Lunatic asylums Punjab 1881-1894 - 1881-1894
Year: 1881
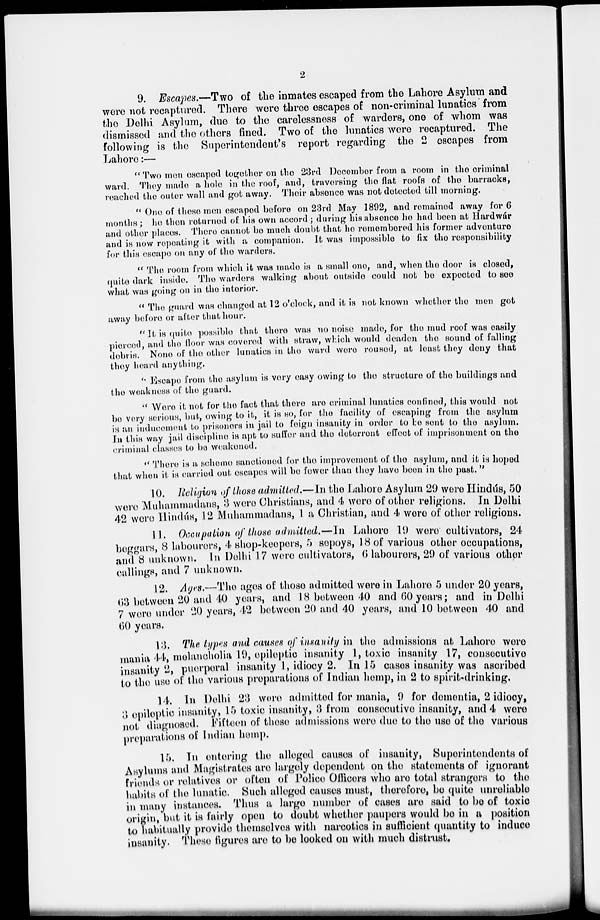
2
9. Escapes.—Two of the inmates escaped from the Lahore Asylum and
were not recaptured. There were three escapes of non-criminal lunatics from
the Delhi Asylum, due to the carelessness of warders, one of whom was
dismissed and the others fined. Two of the lunatics were recaptured. The
following is the Superintendent's report regarding the 2 escapes from
Lahore:—
Two men escaped together on the 23rd December from a room in the criminal
ward. They made a hole in the roof, and, traversing the flat roofs of the barracks,
reached the outer wall and got away. Their absence was not detected till morning.
" One of these men escaped before on 23rd May 1892, and remained away for 6
months ; he then returned of his own accord ; during his absence he had been at Hardwár
and other places. There cannot be much doubt that he remembered his former adventure
and is now repeating it with a companion. It was impossible to fix the responsibility
for this escape on any of the warders.
" The room from which it was made is a small one, and, when the door is closed,
quite dark inside. The warders walking about outside could not be expected to see
what was going on in the interior.
" The guard was changed at 12 o'clock, and it is not known whether the men got
away before or after that hour.
" It is quite possible that there was no noise made, for the mud roof was easily
pierced, and the floor was covered with straw, which would deaden the sound of falling
debris. None of the other lunatics in the ward were roused, at least they deny that
they heard anything.
" Escape from the asylum is very easy owing to the structure of the buildings and
the weakness of the guard.
" Were it not for the fact that there are criminal lunatics confined, this would not
be very serious, but, owing to it, it is so, for the facility of escaping from the asylum
is an inducement to prisoners in jail to feign insanity in order to be sent to the asylum.
In this way jail discipline is apt to suffer and the deterrent effect of imprisonment on the
criminal classes to be weakened.
" There is a scheme sanctioned for the improvement of the asylum, and it is hoped
that when it is carried out escapes will be fewer than they have been in the past."
10. Religion of those admitted.—In the Lahore Asylum 29 were Hindús, 50
were Muhammadans, 3 were Christians, and 4 were of other religions. In Delhi
42 were Hindús, 12 Muhammadans, 1 a Christian, and 4 were of other religions.
11. Occupation of those admitted.—In Lahore 19 were cultivators, 24
beggars, 8 labourers, 4 shop-keepers, 5 sepoys, 18 of various other occupations,
and 8 unknown. In Delhi 17 were cultivators, 6 labourers, 29 of various other
callings, and 7 unknown.
12. Ages.—The ages of those admitted were in Lahore 5 under 20 years,
63 between 20 and 40 years, and 18 between 40 and 60 years ; and in Delhi
7 were under 20 years, 42 between 20 and 40 years, and 10 between 40 and
60 years.
13. The types and causes of insanity in the admissions at Lahore were
mania 44, melancholia 19, epileptic insanity 1, toxic insanity 17, consecutive
insanity 2, puerperal insanity 1, idiocy 2. In 15 cases insanity was ascribed
to the use of the various preparations of Indian hemp, in 2 to spirit-drinking.
14. In Delhi 23 were admitted for mania, 9 for dementia, 2 idiocy,
3 epileptic insanity, 15 toxic insanity, 3 from consecutive insanity, and 4 were
not diagnosed. Fifteen of these admissions were due to the use of the various
preparations of Indian hemp.
15. In entering the alleged causes of insanity, Superintendents of
Asylums and Magistrates are largely dependent on the statements of ignorant
friends or relatives or often of Police Officers who are total strangers to the
habits of the lunatic. Such alleged causes must, therefore, be quite unreliable
in many instances. Thus a large number of cases are said to be of toxic
origin, but it is fairly open to doubt whether paupers would be in a position
to habitually provide themselves with narcotics in sufficient quantity to induce
insanity. These figures are to be looked on with much distrust.